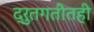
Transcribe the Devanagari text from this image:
द्रुतगतीतही